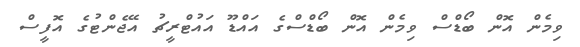
ވިމެން އޮން ބޯޑްސް ވިމެން އޮން ބޯޑްސްގެ އައްޑޫ އައުޓްރީޗު އޭޖެންޓުގެ އޮފީސް